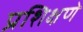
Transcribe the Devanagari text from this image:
प्रशिक्षणे